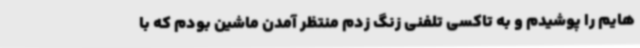
هایم را پوشیدم و به تاکسی تلفنی زنگ زدم منتظر آمدن ماشین بودم که با